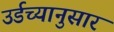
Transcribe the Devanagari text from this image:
उर्डच्यानुसार